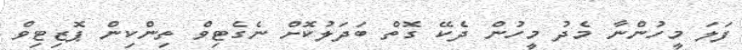
ފަލަ މީހުންނާ މެދު މީހުން ދެކޭ ގޮތް ބަދަލުކޮށް ނެގެޓިވް ތިންކިން ޕޮޒިޓިވް